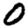
Digit: 0